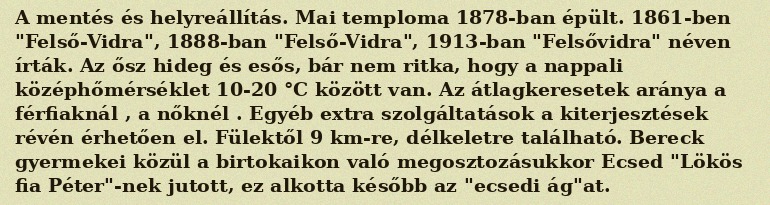
A mentés és helyreállítás. Mai temploma 1878-ban épült. 1861-ben "Felső-Vidra", 1888-ban "Felső-Vidra", 1913-ban "Felsővidra" néven írták. Az ősz hideg és esős, bár nem ritka, hogy a nappali középhőmérséklet 10-20 °C között van. Az átlagkeresetek aránya a férfiaknál , a nőknél . Egyéb extra szolgáltatások a kiterjesztések révén érhetően el. Fülektől 9 km-re, délkeletre található. Bereck gyermekei közül a birtokaikon való megosztozásukkor Ecsed "Lökös fia Péter"-nek jutott, ez alkotta később az "ecsedi ág"at.